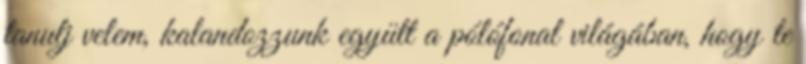
tanulj velem, kalandozzunk együtt a pólófonal világában, hogy te